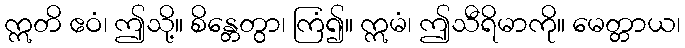
ဣတိ ဧဝံ၊ ဤသို့။ စိန္တေတွာ၊ ကြံ၍။ ဣမံ၊ ဤသီရိမာကို။ မေတ္တာယ၊